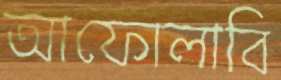
আফোলাবি